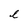
Character: l